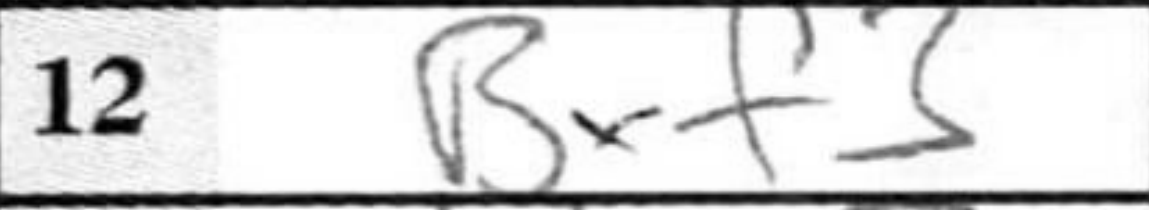
Transcription: Bxf3